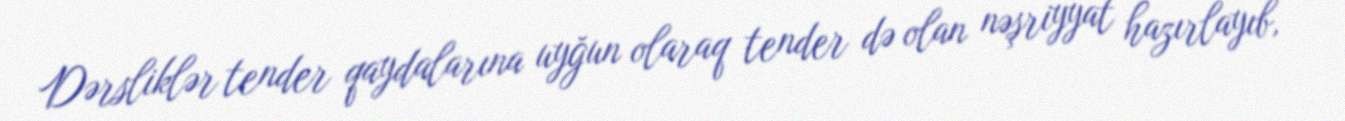
Dərsliklər tender qaydalarına uyğun olaraq tender də olan nəşriyyat hazırlayıb,